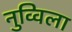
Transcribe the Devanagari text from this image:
नुव्विला